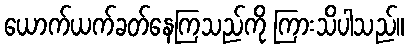
ယောက်ယက်ခတ်နေကြသည်ကို ကြားသိပါသည်။